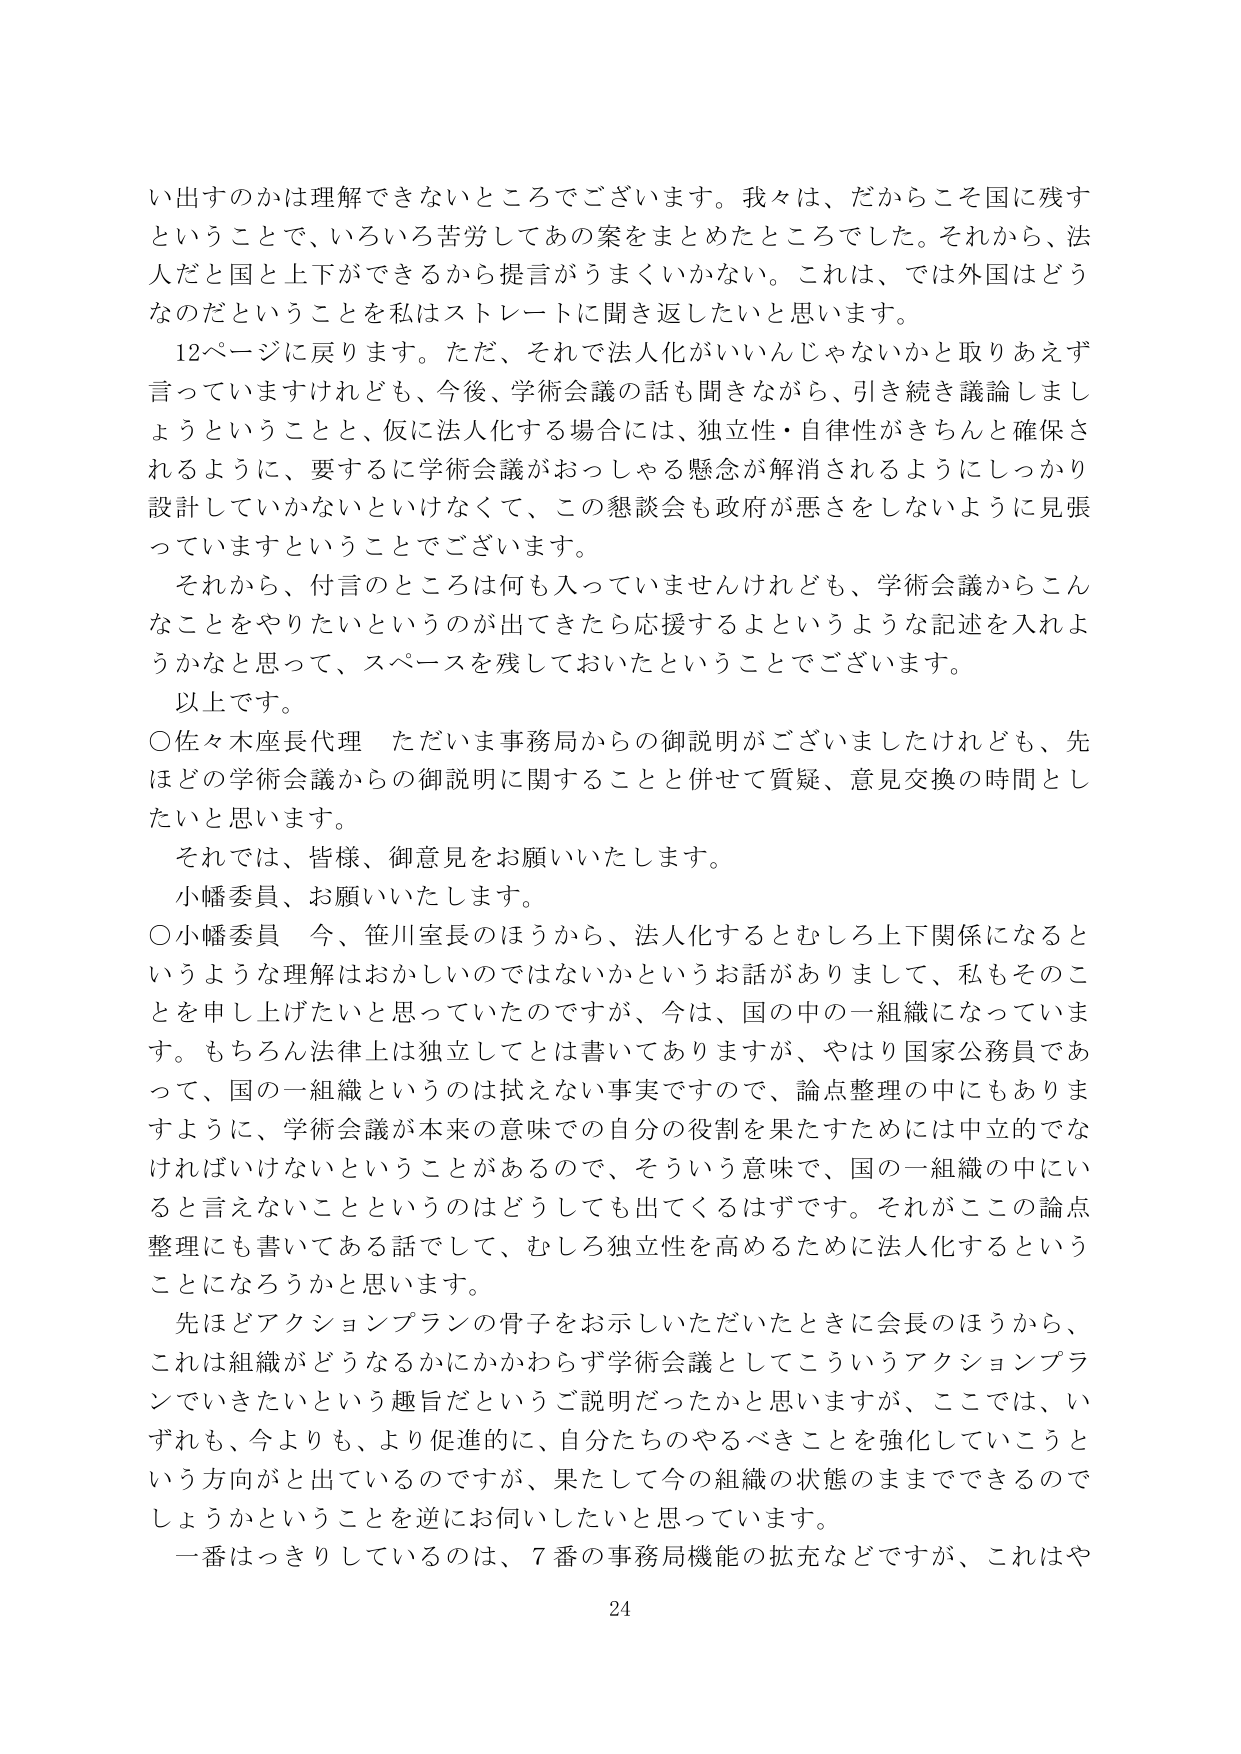
い出すのかは理解できないところでございます。我々は、だからこそ国に残すということで、いろいろ苦労してあの案をまとめたところでした。それから、法人だと国と上下ができるから提言がうまくいかない。これは、では外国はどうなのだということを私はストレートに聞き返したいと思います。

12ページに戻ります。ただ、それで法人化がいいんじゃないかと取りあえず言っていますけれども、今後、学術会議の話も聞きながら、引き続き議論しましょうということと、仮に法人化する場合には、独立性・自律性がきちんと確保されるように、要するに学術会議がおっしゃる懸念が解消されるようにしっかり設計していかないといけなくて、この懇談会も政府が悪さをしないように見張っていますということでございます。

それから、付言のところは何も入っていませんけれども、学術会議からこんなことをやりたいというのが出てきたら応援するよというような記述を入れようかなと思って、スペースを残しておいたということでございます。

以上です。

○佐々木座長代理 ただいま事務局からの御説明がございましたけれども、先ほどの学術会議からの御説明に関することと併せて質疑、意見交換の時間としたいと思います。

それでは、皆様、御意見をお願いいたします。

小幡委員、お願いいたします。

○小幡委員 今、笹川室長のほうから、法人化するとむしろ上下関係になるというような理解はおかしいのではないかというお話がありまして、私もそのことを申し上げたいと思っていたのですが、今は、国の中の一組織になっています。もちろん法律上は独立してとは書いてありますが、やはり国家公務員であって、国の一組織というのは拭えない事実ですので、論点整理の中にもありま すように、学術会議が本来の意味での自分の役割を果たすためには中立的でなければならないということがあるので、そういう意味で、国の一組織の中にいると言えないことというのはどうしても出てくるはずです。それがこの論点整理にも書いてある話として、むしろ独立性を高めるために法人化するということになろうかと思います。

先ほどアクションプランの骨子をお示しいただいたときに会長のほうから、これは組織がどうなるかにかかわらず学術会議としてこういうアクションプランでいきたいという趣旨だというご説明だったかと思いますが、ここでは、いずれも、今よりも、より促進的に、自分たちのやるべきことを強化していこうという方向がとれているのですが、果たして今の組織の状態のままでできるのでしょうかということを逆にお伺いしたいと思っています。

一番はっきりしているのは、7番の事務局機能の拡充などですが、これはや

24